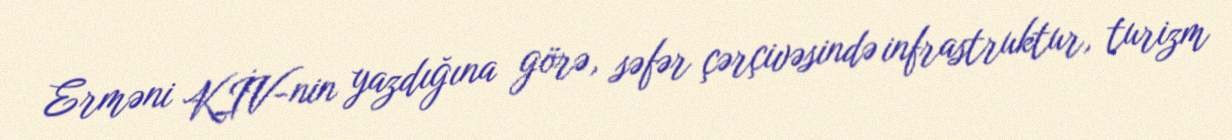
Erməni KİV-nin yazdığına görə, səfər çərçivəsində infrastruktur, turizm